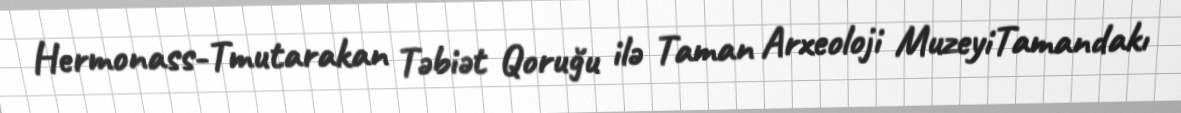
Hermonass-Tmutarakan Təbiət Qoruğu ilə Taman Arxeoloji MuzeyiTamandakı